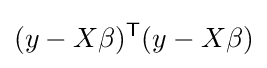
(y-X\beta )^{\textsf {T}}(y-X\beta )